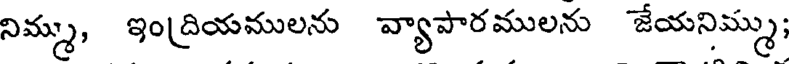
నిమ్ము, ఇంద్రియములను వ్యాపారములను జేయనిమ్ము;